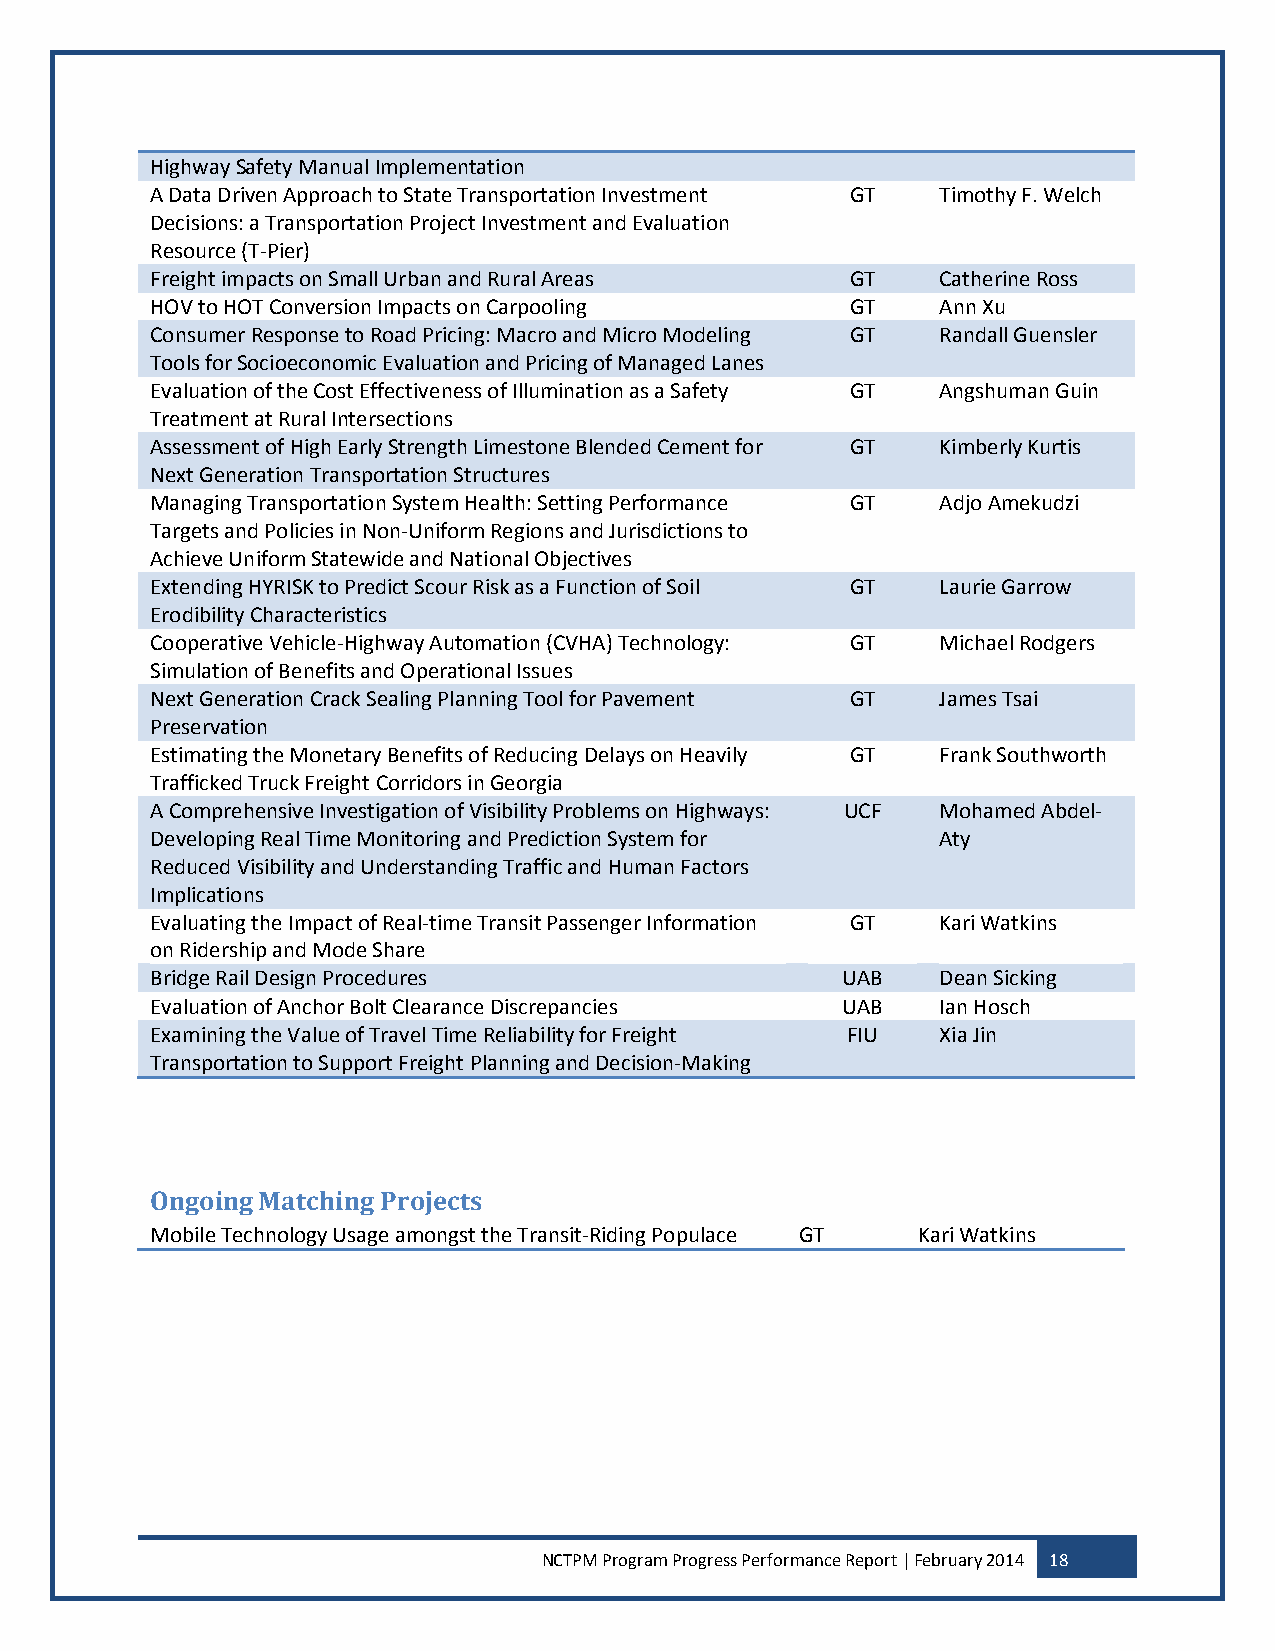
Highway Safety Manual Implementation
 A Data Driven Approach to State Transportation Investment GT Timothy F. Welch
 Decisions: a Transportation Project Investment and Evaluation
 Resource (T-Pier)
 Freight impacts on Small Urban and Rural Areas GT   Catherine Ross
 HOV to HOT Conversion Impacts on Carpooling   GT    Ann Xu
 Consumer Response to Road Pricing: Macro and Micro Modeling GT Randall Guensler
 Tools for Socioeconomic Evaluation and Pricing of Managed Lanes
 Evaluation of the Cost Effectiveness of Illumination as a Safety GT Angshuman Guin
 Treatment at Rural Intersections
 Assessment of High Early Strength Limestone Blended Cement for GT Kimberly Kurtis
 Next Generation Transportation Structures
 Managing Transportation System Health: Setting Performance GT Adjo Amekudzi
 Targets and Policies in Non-Uniform Regions and Jurisdictions to
 Achieve Uniform Statewide and National Objectives
 Extending HYRISK to Predict Scour Risk as a Function of Soil GT Laurie Garrow
 Erodibility Characteristics
 Cooperative Vehicle-Highway Automation (CVHA) Technology: GT Michael Rodgers
 Simulation of Benefits and Operational Issues
 Next Generation Crack Sealing Planning Tool for Pavement GT James Tsai
 Preservation
 Estimating the Monetary Benefits of Reducing Delays on Heavily GT Frank Southworth
 Trafficked Truck Freight Corridors in Georgia
 A Comprehensive Investigation of Visibility Problems on Highways: UCF Mohamed Abdel-
 Developing Real Time Monitoring and Prediction System for Aty
 Reduced Visibility and Understanding Traffic and Human Factors
 Implications
 Evaluating the Impact of Real-time Transit Passenger Information GT Kari Watkins
 on Ridership and Mode Share
 Bridge Rail Design Procedures                 UAB   Dean Sicking
 Evaluation of Anchor Bolt Clearance Discrepancies UAB Ian Hosch
 Examining the Value of Travel Time Reliability for Freight FIU Xia Jin
 Transportation to Support Freight Planning and Decision-Making
 Ongoing Matching Projects
 Mobile Technology Usage amongst the Transit-Riding Populace GT Kari Watkins
 NCTPM Program Progress Performance Report | February 2014 18